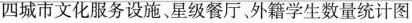
四城市文化服务设施、星级餐厅、外籍学生数量统计图